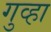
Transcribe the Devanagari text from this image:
गुव्हा